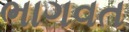
ભાગવત